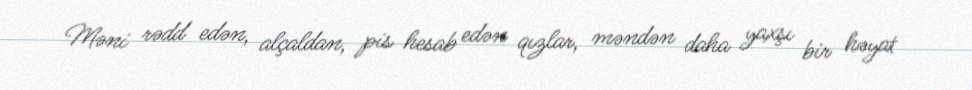
Məni rədd edən, alçaldan, pis hesab edən qızlar, məndən daha yaxşı bir həyat